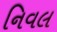
નિવલ